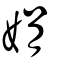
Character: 嬽